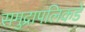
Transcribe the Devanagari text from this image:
समुद्रापलिकडे